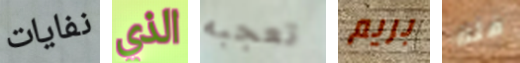
نفايات الذي تعجبه بريم قله